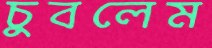
চুবলেম